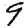
Digit: 9